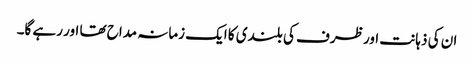
ان کی ذہانت اور ظرف کی بلندی کا ایک زمانہ مداح تھا اور رہے گا۔